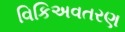
વિકિઅવતરણ